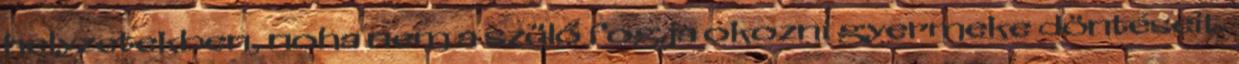
helyzetekben, noha nem a szülő fogja okozni gyermeke döntéseit.